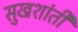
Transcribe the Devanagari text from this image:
सुखशांती